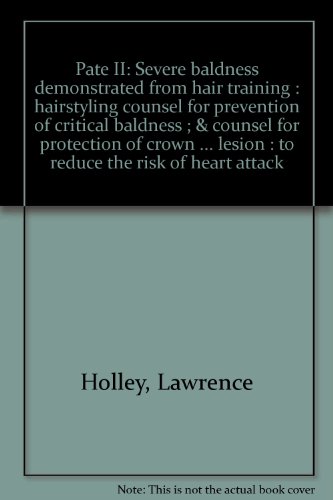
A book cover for Pate II: Severe baldness demonstrated from hair training : hairstyling counsel for prevention of critical baldness ; & counsel for protection of crown ... lesion : to reduce the risk of heart attack; Lawrence Holley; Health, Fitness & Dieting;